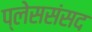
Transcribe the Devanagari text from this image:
प्लेससंसद